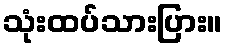
သုံးထပ်သားပြား။